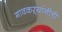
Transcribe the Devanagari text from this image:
गावकऱ्यांनीही